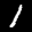
Label: 1